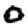
Digit: 0